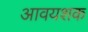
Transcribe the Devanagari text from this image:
आवयशक